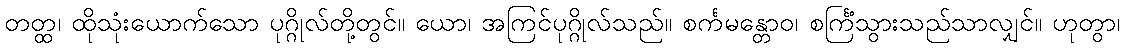
တတ္ထ၊ ထိုသုံးယောက်သော ပုဂ္ဂိုလ်တို့တွင်။ ယော၊ အကြင်ပုဂ္ဂိုလ်သည်။ စင်္ကမန္တောဝ၊ စင်္ကြံသွားသည်သာလျှင်။ ဟုတွာ၊